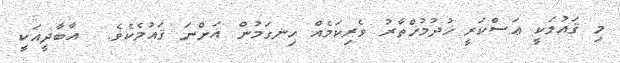
މި ޤައުމަކީ ޢަސްކަރީ ޚުދުމުޚްތާރު ވެރިކަމެއް ހިނގަމުން އަންނަ ޤައުމެކެވެ.  އާބާދީއަކީ